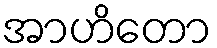
အာဟိတော